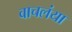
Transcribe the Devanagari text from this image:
वाचलंया